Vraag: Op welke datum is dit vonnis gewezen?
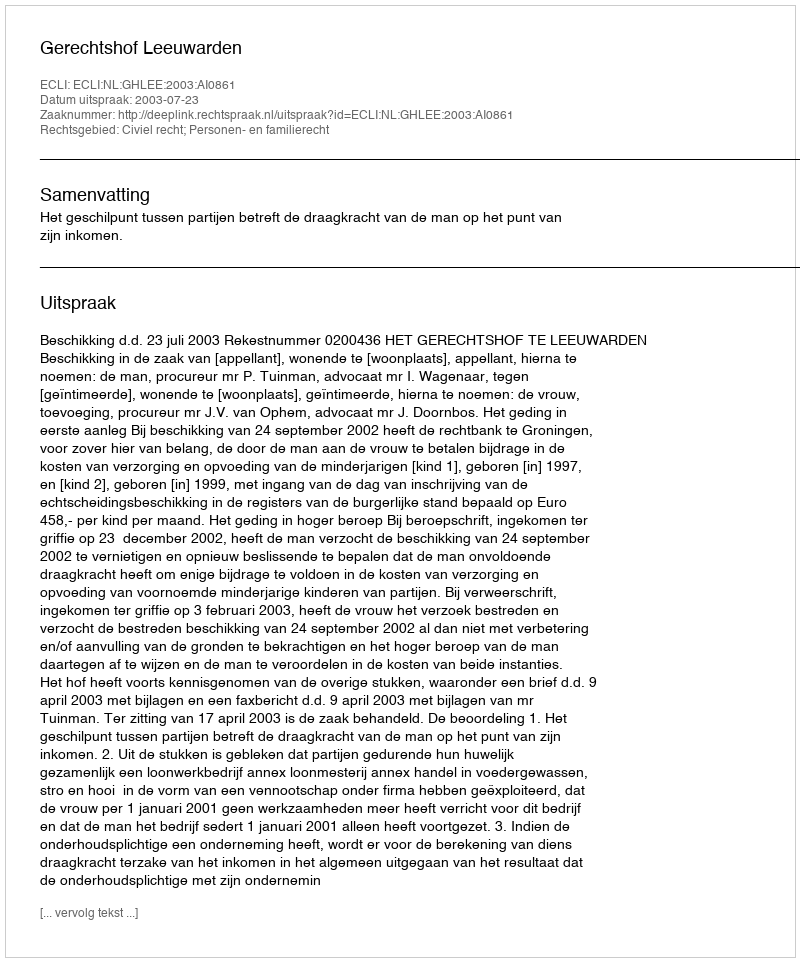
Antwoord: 2003-07-23